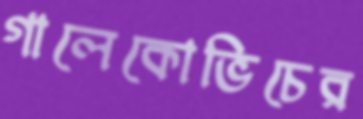
গালেকোভিচের